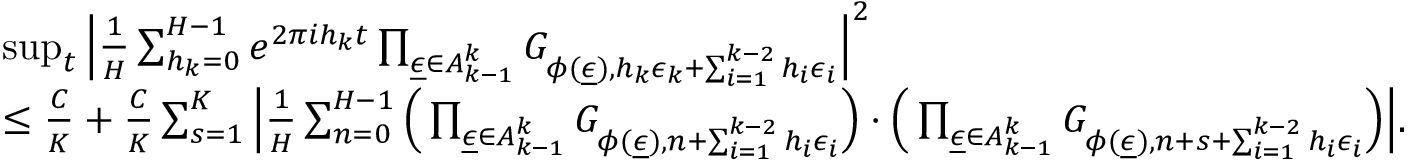
\begin{array} { r l } & { \operatorname* { s u p } _ { t } \Big | \frac { 1 } { H } \sum _ { h _ { k } = 0 } ^ { H - 1 } e ^ { 2 \pi i h _ { k } t } \prod _ { \underline { { \epsilon } } \in A _ { k - 1 } ^ { k } } G _ { \phi ( \underline { { \epsilon } } ) , h _ { k } \epsilon _ { k } + \sum _ { i = 1 } ^ { k - 2 } h _ { i } \epsilon _ { i } } \Big | ^ { 2 } } \\ & { \le \frac { C } { K } + \frac { C } { K } \sum _ { s = 1 } ^ { K } \Big | \frac { 1 } { H } \sum _ { n = 0 } ^ { H - 1 } \Big ( \prod _ { \underline { { \epsilon } } \in A _ { k - 1 } ^ { k } } G _ { \phi ( \underline { { \epsilon } } ) , n + \sum _ { i = 1 } ^ { k - 2 } h _ { i } \epsilon _ { i } } \Big ) \cdot \Big ( \prod _ { \underline { { \epsilon } } \in A _ { k - 1 } ^ { k } } G _ { \phi ( \underline { { \epsilon } } ) , n + s + \sum _ { i = 1 } ^ { k - 2 } h _ { i } \epsilon _ { i } } \Big ) \Big | . } \end{array}